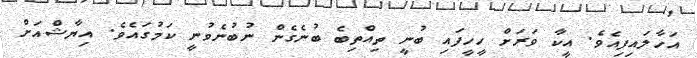
އަހާލައިފިއެވެ. އީކާ ވަރަށް ހީހީފައި ބުނީ ތިއްތިބެ ބުނެގެން ނުބުނެވުނީ ކަމުގައެވެ. އިޔާޝްއަށް